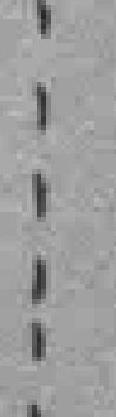
……